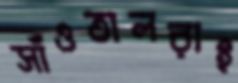
সাঁওতালরাই